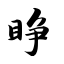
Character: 睁